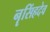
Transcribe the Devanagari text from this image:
नॄसिंहदेव